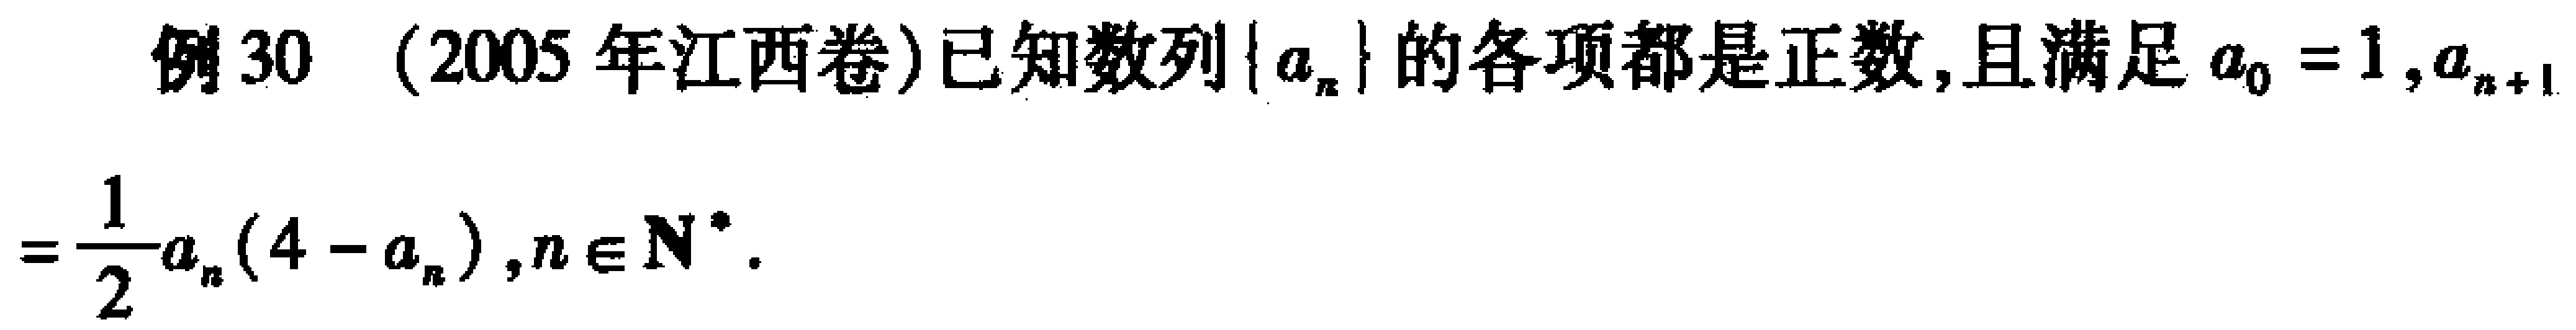
例 30 (2005 年江西卷)已知数列\(\{a_{n}\}\)的各项都是正数,且满足\(a_{0}=1,a_{n + 1}=\frac{1}{2}a_{n}(4 - a_{n}),n\in\mathbf{N}^{*}\).